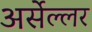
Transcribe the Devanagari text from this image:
अर्सेल्लर